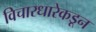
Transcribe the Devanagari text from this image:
विचारधारेकडून